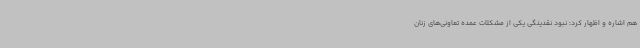
هم اشاره و اظهار کرد: نبود نقدینگی یکی از مشکلات عمده تعاونی‌های زنان